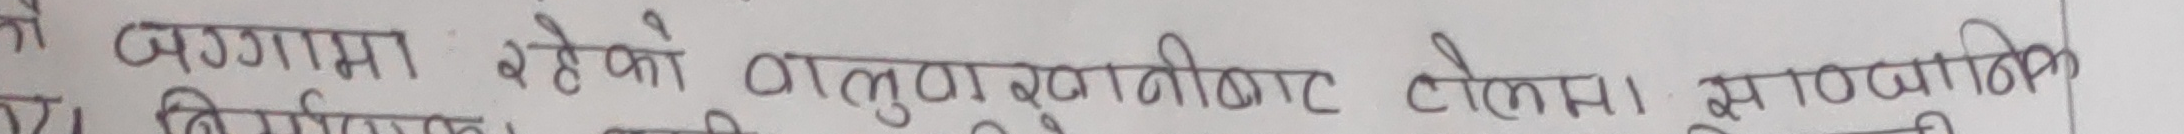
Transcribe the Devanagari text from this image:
अगामा रहेको वातालुबुवानीबाट टोकमा सापमालिक